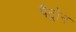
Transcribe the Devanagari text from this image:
पैट्रोन